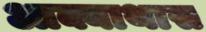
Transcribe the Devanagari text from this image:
आक्याथास